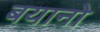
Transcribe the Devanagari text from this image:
बयानो